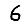
Digit: 6